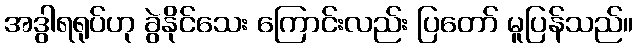
အဒွါရရုပ်ဟု ခွဲနိုင်သေး ကြောင်းလည်း ပြတော် မူပြန်သည်။